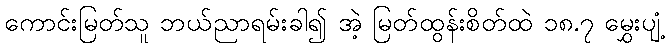
ကောင်းမြတ်သူ ဘယ်ညာရမ်းခါ၍ အဲ့ မြတ်ထွန်းစိတ်ထဲ ၁၈.၇ မွှေးပျံ့